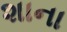
શાના